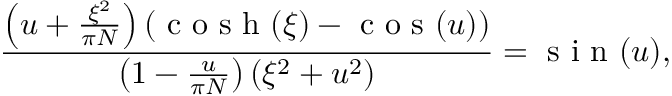
\frac { \left( u + \frac { \xi ^ { 2 } } { \pi N } \right) \left( \mathrm { ~ c ~ o ~ s ~ h ~ } ( \xi ) - \mathrm { ~ c ~ o ~ s ~ } ( u ) \right) } { \left( 1 - \frac { u } { \pi N } \right) \left( \xi ^ { 2 } + u ^ { 2 } \right) } = \mathrm { ~ s ~ i ~ n ~ } ( u ) ,